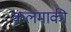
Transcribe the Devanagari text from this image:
कलमाकी